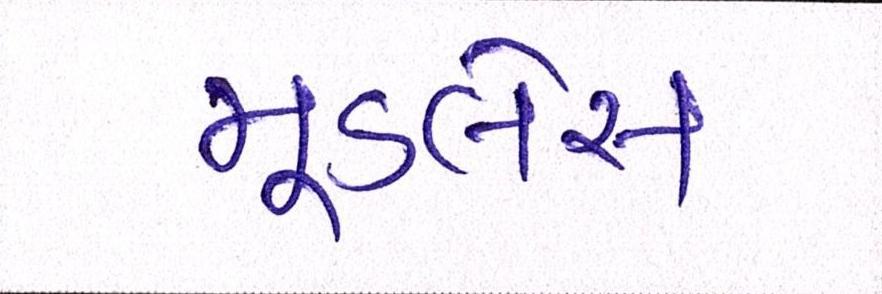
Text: મૂડલેસ